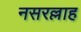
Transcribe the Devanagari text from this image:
नसरल्लाह